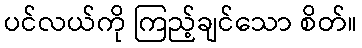
ပင်လယ်ကို ကြည့်ချင်သော စိတ်။